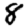
Digit: 8